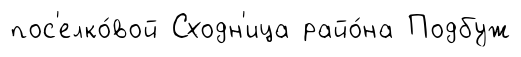
пос'елко́вой Сходн'ица райо́на Подбуж